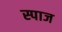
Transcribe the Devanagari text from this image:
स्पाज